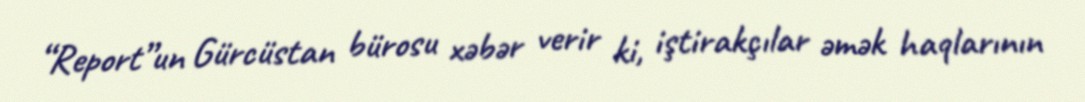
“Report”un Gürcüstan bürosu xəbər verir ki, iştirakçılar əmək haqlarının